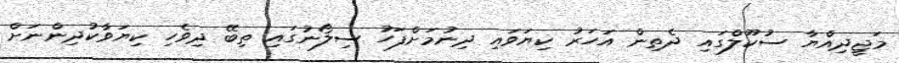
މަޖީދިއްޔާ ސުކޫލްގައި ދެތިން އަހަރު ކިޔަވައި ދިނުމަށްފަހު ސިލޯނުގައި ތިބޭ ދިވެހި ކިޔަވާކުދިންނަށް